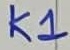
Text: K1